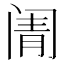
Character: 𬮬